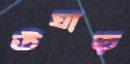
উঘাড়